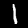
Label: 1